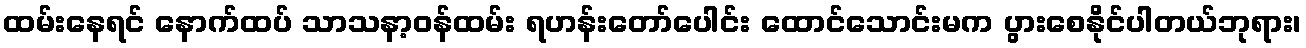
ထမ်းနေရင် နောက်ထပ် သာသနာ့ဝန်ထမ်း ရဟန်းတော်ပေါင်း ထောင်သောင်းမက ပွားစေနိုင်ပါတယ်ဘုရား၊